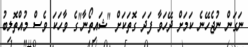
ނަގަން ނުޖެހޭނެ ކަމަށް ދޭހަވާ ފަދަ ގޮތަކަށް "ޝައިތޯނާ"ގެ ވާހަކަ ވެސް މުއްތޮލިބު